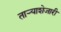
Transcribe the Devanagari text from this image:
ताऱ्याशेजारी